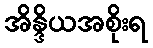
အိန္ဒိယအစိုးရ